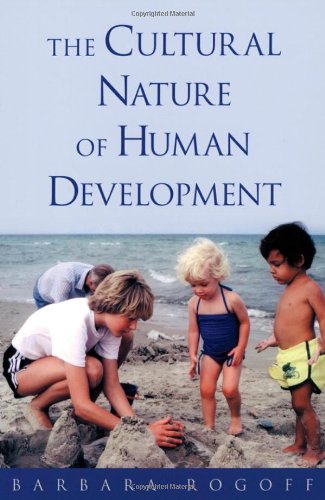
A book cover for The Cultural Nature of Human Development; Barbara Rogoff; Medical Books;